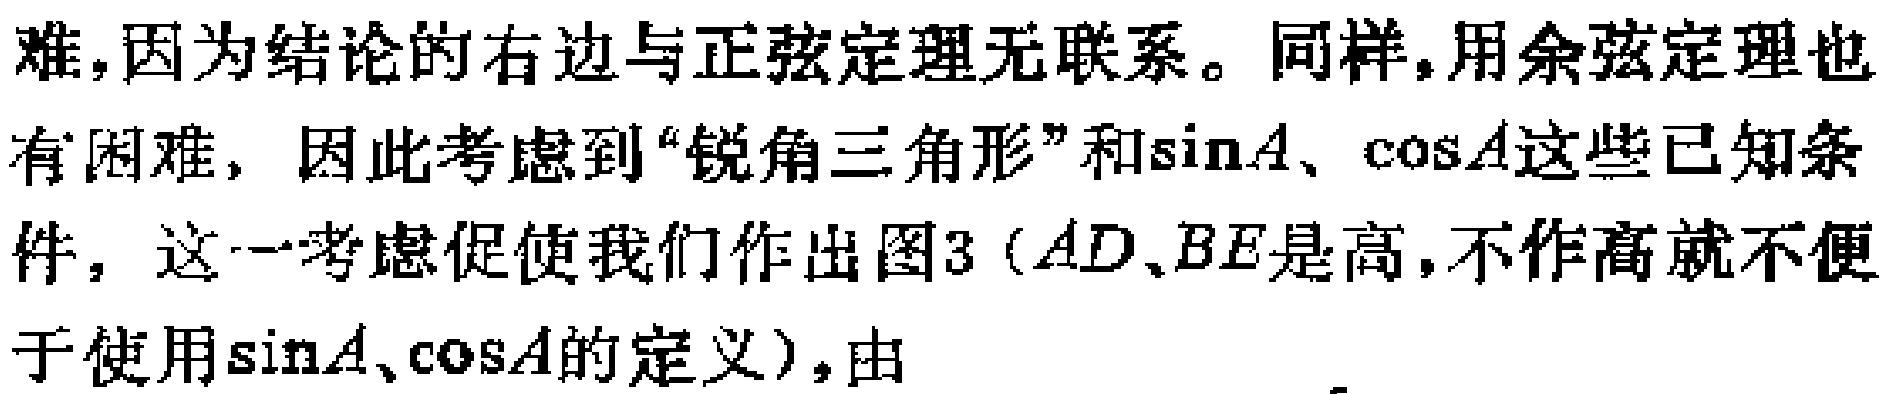
难,因为结论的右边与正弦定理无联系。同样,用余弦定理也有困难，因此考虑到“锐角三角形”和\(\sin A\)、\(\cos A\)这些已知条件，这一考虑促使我们作出图3（\(AD、BE\)是高,不作高就不便于使用\(\sin A、\cos A\)的定义），由